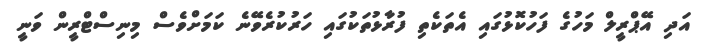
އަދި އޭޕްރީލް މަހުގެ ފަހުކޮޅުގައި އެތަކެތި ފުރާޅުތަކުގައި ހަރުކުރެވޭނެ ކަމަށްވެސް މިނިސްޓްރީން ވަނީ